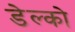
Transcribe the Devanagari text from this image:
डेल्को